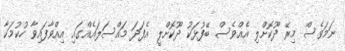
ނަމަވެސް މިރޭ ދޫކޮށްލި އެއްވެސް ބޭފުޅަކު ދޫކޮށްލީ އެފަދަ މައްސަލައެއްގައި އިއްވާފައިވާ ހުކުމަކާ